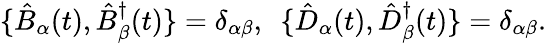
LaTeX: \{ \hat{B}_{\alpha}(t),\hat{B}_{\beta}^{\dagger}(t)\} =\delta_{\alpha\beta},~~\{ \hat{D}_{\alpha}(t),\hat{D}_{\beta}^{\dagger}(t)\} =\delta_{\alpha\beta}.